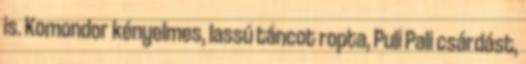
is. Komondor kényelmes, lassú táncot ropta, Puli Pali csárdást,